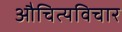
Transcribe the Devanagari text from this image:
औचित्यविचार